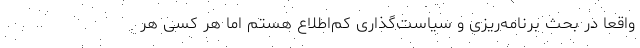
واقعا در بحث برنامه‌ریزی و سیاست‌گذاری کم‌اطلاع هستم اما هر کسی هر